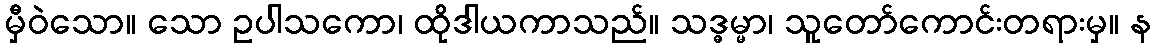
မှီဝဲသော။ သော ဥပါသကော၊ ထိုဒါယကာသည်။ သဒ္ဓမ္မာ၊ သူတော်ကောင်းတရားမှ။ န